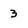
Character: 3